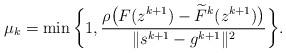
LaTeX: \begin{align*}{\mu}_k = \min\bigg\{1, \frac{\rho\big(F(z^{k+1}) - \widetilde{F}^k(z^{k+1})\big)}{\|s^{k+1}- g^{k+1}\|^2}\bigg\}.\end{align*}